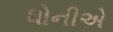
ધોનીએ